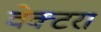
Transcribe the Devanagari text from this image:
वेक्टरा